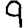
Digit: 9